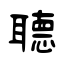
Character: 聽